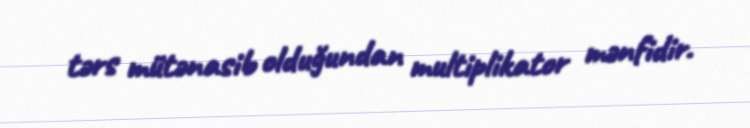
tərs mütənasib olduğundan multiplikator mənfidir.